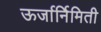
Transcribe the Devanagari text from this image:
ऊर्जार्निमिती